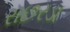
રાછરડા